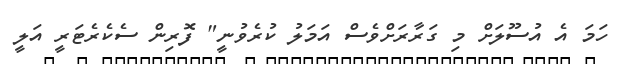
ހަމަ އެ އުސޫލަށް މި ގަރާރަށްވެސް އަމަލު ކުރެވުނީ" ފޮރިން ސެކެރެޓަރީ އަލީ